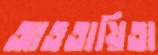
আততায়িতা